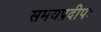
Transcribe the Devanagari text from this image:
समयप्रदीपः